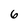
Character: 6